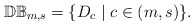
\begin{align*} \mathbb{DB}_{m,s}=\{D_c\mid c\in (m,s)\}.\end{align*}